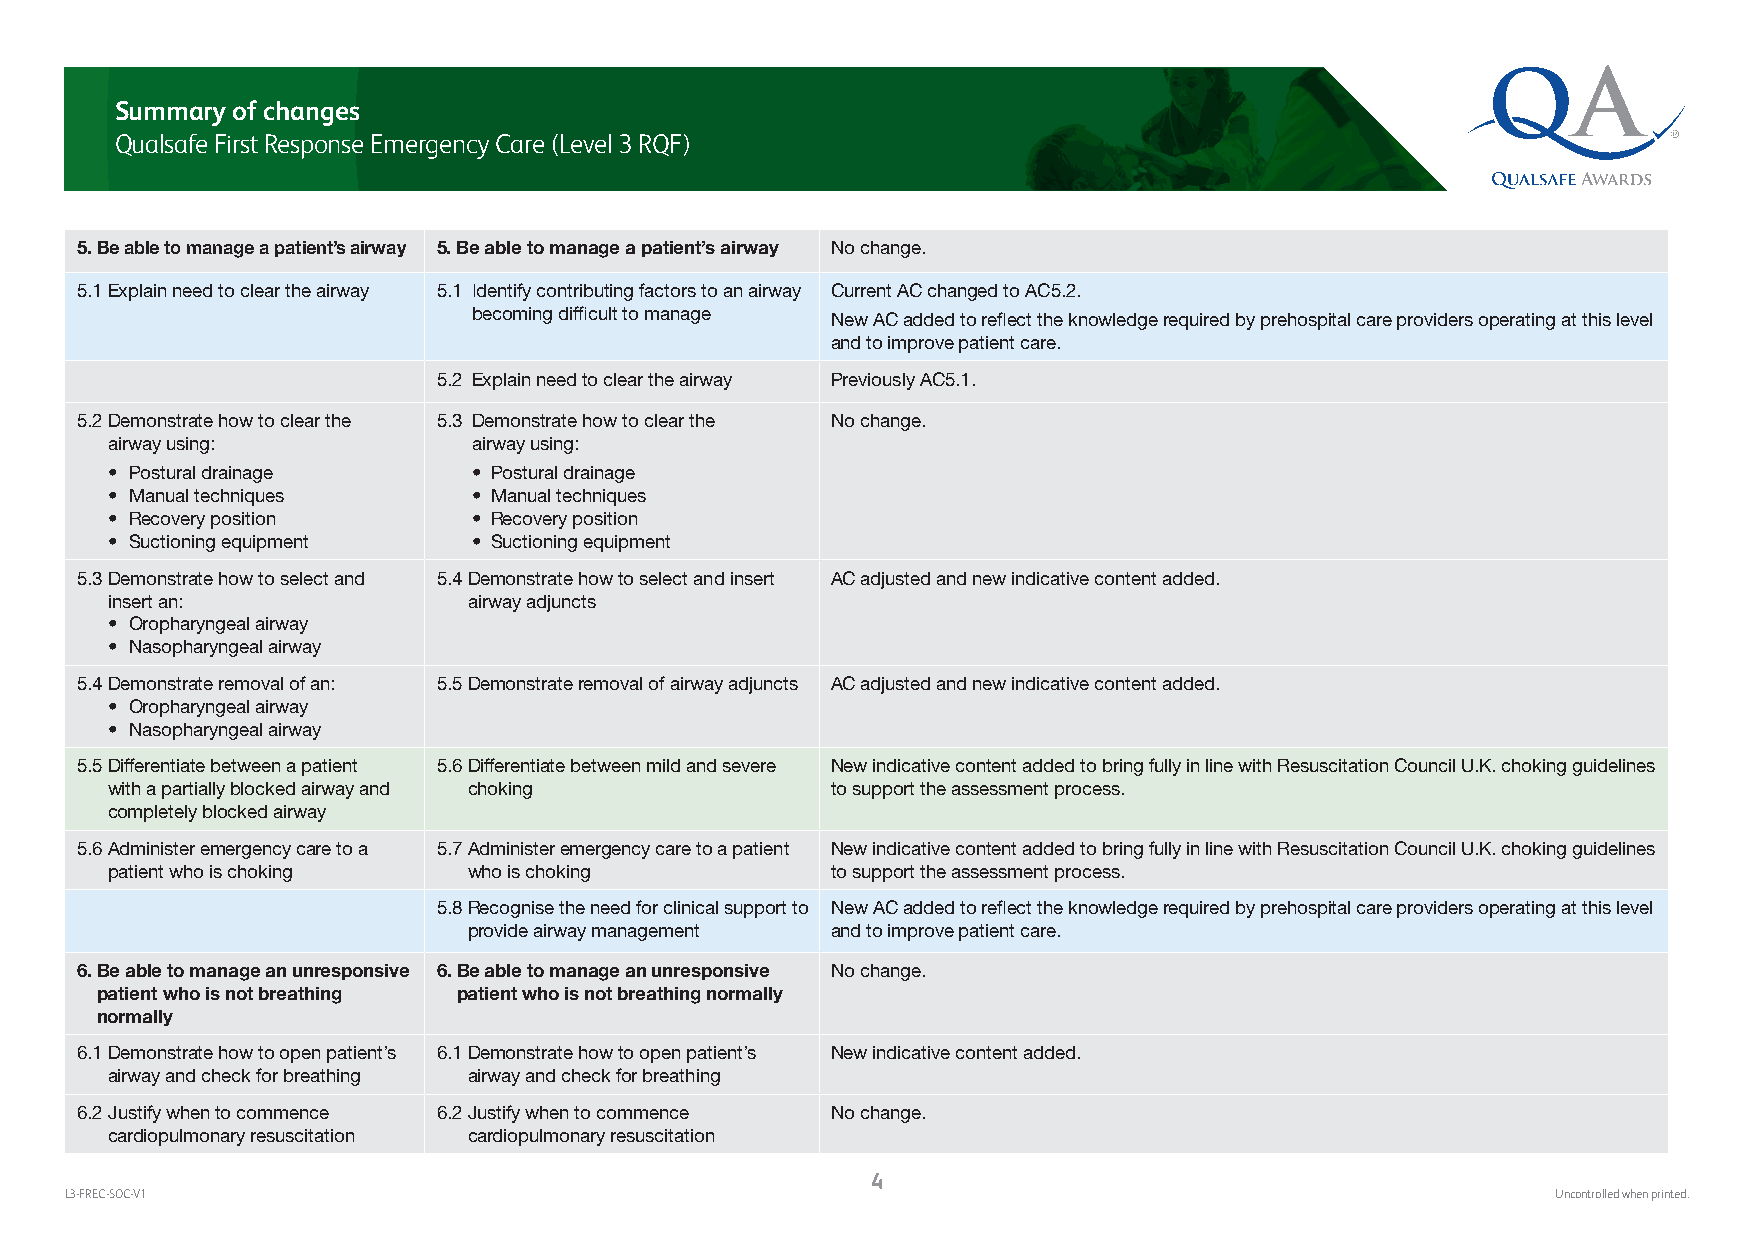
Summary of changes
 Qualsafe First Response Emergency Care (Level 3 RQF)
 5. Be able to manage a patient’s airway 5. Be able to manage a patient’s airway No change.
 5.1 Explain need to clear the airway 5.1 I dentify contributing factors to an airway Current AC changed to AC5.2.
 becoming difficult to manage New AC added to reflect the knowledge required by prehospital care providers operating at this level
 and to improve patient care.
 5.2 Explain need to clear the airway Previously AC5.1.
 5.2 D emonstrate how to clear the 5.3 D emonstrate how to clear the No change.
 airway using:           airway using:
 • Postural drainage     • Postural drainage
 • Manual techniques     • Manual techniques
 • Recovery position     • Recovery position
 • Suctioning equipment  • Suctioning equipment
 5.3 D emonstrate how to select and 5.4 D emonstrate how to select and insert AC adjusted and new indicative content added.
 insert an:              airway adjuncts
 • Oropharyngeal airway
 • Nasopharyngeal airway
 5.4 Demonstrate removal of an: 5.5 Demonstrate removal of airway adjuncts AC adjusted and new indicative content added.
 • Oropharyngeal airway
 • Nasopharyngeal airway
 5.5 D ifferentiate between a patient 5.6 D ifferentiate between mild and severe New indicative content added to bring fully in line with Resuscitation Council U.K. choking guidelines
 with a partially blocked airway and choking     to support the assessment process.
 completely blocked airway
 5.6 A dminister emergency care to a 5.7 A dminister emergency care to a patient New indicative content added to bring fully in line with Resuscitation Council U.K. choking guidelines
 patient who is choking  who is choking          to support the assessment process.
 5.8 R ecognise the need for clinical support to New AC added to reflect the knowledge required by prehospital care providers operating at this level
 provide airway management and to improve patient care.
 6. B e able to manage an unresponsive 6. B e able to manage an unresponsive No change.
 patient who is not breathing patient who is not breathing normally
 normally
 6.1 D emonstrate how to open patient’s 6.1 D emonstrate how to open patient’s New indicative content added.
 airway and check for breathing airway and check for breathing
 6.2 J ustify when to commence 6.2 J ustify when to commence No change.
 cardiopulmonary resuscitation cardiopulmonary resuscitation
 4
 L3-FREC-SOC-V1                                                                                     Uncontrolled when printed.